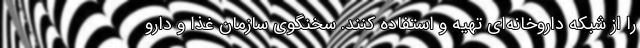
را از شبکه داروخانه‌ای تهیه و استفاده کنند. سخنگوی سازمان غذا و دارو